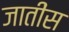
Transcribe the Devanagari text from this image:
जातींस